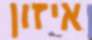
איזון